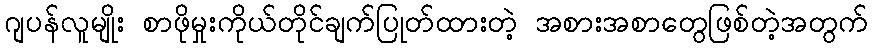
ဂျပန်လူမျိုး စာဖိုမှုးကိုယ်တိုင်ချက်ပြုတ်ထားတဲ့ အစားအစာတွေဖြစ်တဲ့အတွက်